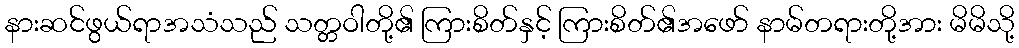
နားဆင်ဖွယ်ရာအသံသည် သတ္တဝါတို့၏ ကြားစိတ်နှင့် ကြားစိတ်၏အဖော် နာမ်တရားတို့အား မိမိသို့